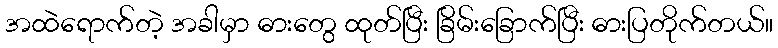
အထဲရောက်တဲ့ အခါမှာ ဓားတွေ ထုတ်ပြီး ခြိမ်းခြောက်ပြီး ဓားပြတိုက်တယ်။